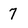
Character: 7